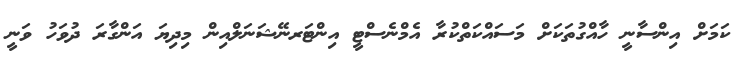
ކަމަށް އިންސާނީ ހާއްގުތަަކަށް މަސައްކަތްކުރާ އެމްނެސްޓީ އިންޓަރނޭޝަނަލްއިން މިދިޔަ އަންގާރަ ދުވަހު ވަނީ